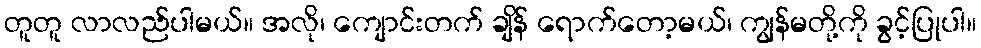
တူတူ လာလည်ပါမယ်။ အလို၊ ကျောင်းတက် ချိန် ရောက်တော့မယ်၊ ကျွန်မတို့ကို ခွင့်ပြုပါ။